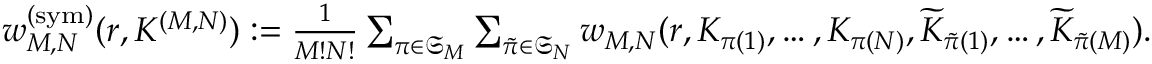
\begin{array} { r } { w _ { M , N } ^ { ( \mathrm { s y m } ) } ( r , K ^ { ( M , N ) } ) : = \frac { 1 } { M ! N ! } \sum _ { \pi \in \mathfrak { S } _ { M } } \sum _ { \widetilde { \pi } \in \mathfrak { S } _ { N } } { w } _ { M , N } ( r , K _ { \pi ( 1 ) } , \ldots , K _ { \pi ( N ) } , \widetilde { K } _ { \widetilde { \pi } ( 1 ) } , \ldots , \widetilde { K } _ { \widetilde { \pi } ( M ) } ) . } \end{array}